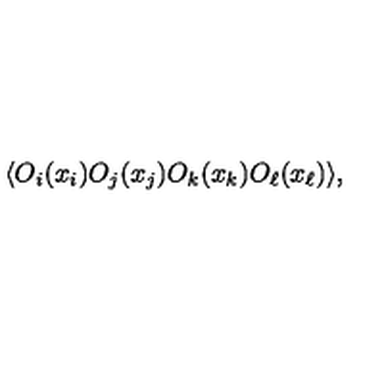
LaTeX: \langle O _ { i } ( x _ { i } ) O _ { j } ( x _ { j } ) O _ { k } ( x _ { k } ) O _ { \ell } ( x _ { \ell } ) \rangle ,